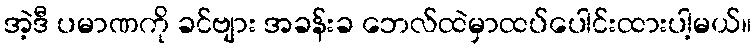
အဲ့ဒီ ပမာဏကို ခင်ဗျား အခန်းခ ဘေလ်ထဲမှာထပ်ပေါင်းထားပါ့မယ်။